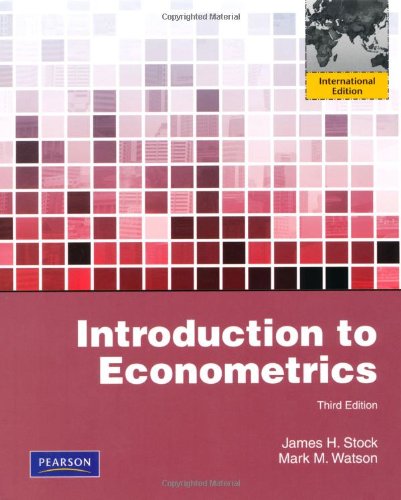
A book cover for Introduction to Econometrics; James H. Stock; Business & Money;